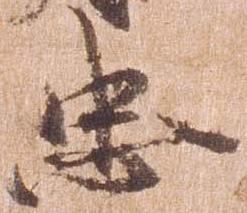
忠